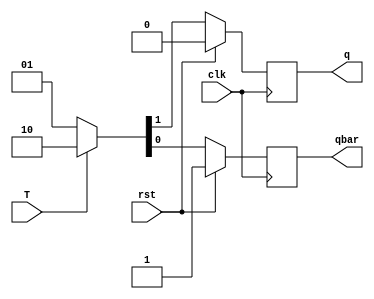
`timescale 1ns / 1ps
//////////////////////////////////////////////////////////////////////////////////
// Company: 
// Engineer: 
// 
// Design Name: 
// Module Name: T_ff
// Project Name: 
// Target Devices: 
// Tool Versions: 
// Description: 
// 
// Dependencies: 
// 
// Revision:
// Revision 0.01 - File Created
// Additional Comments:
// 
//////////////////////////////////////////////////////////////////////////////////


module T_ff(T,clk,rst,q,qbar);
input T,clk,rst;
output reg q,qbar;
always@(posedge clk)
begin
q=0;qbar=1;
if(rst)
{q,qbar}={1'b0,1'b1};
else
    begin
    if(T==1)
    {q,qbar}={~q,q};
    else
    {q,qbar}={q,~q};
    end
    
end
endmodule